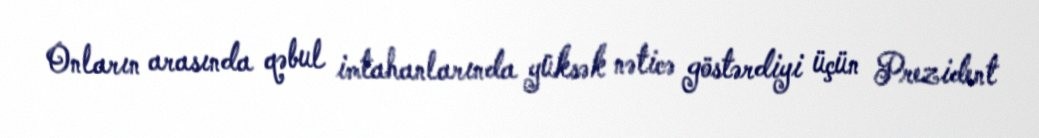
Onların arasında qəbul imtahanlarında yüksək nəticə göstərdiyi üçün Prezident